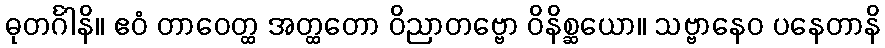
ဓုတင်္ဂါနိ။ ဧဝံ တာဝေတ္ထ အတ္ထတော ဝိညာတဗ္ဗော ဝိနိစ္ဆယော။ သဗ္ဗာနေဝ ပနေတာနိ